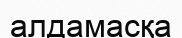
алдамасқа